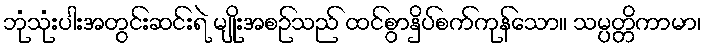
ဘုံသုံးပါးအတွင်းဆင်းရဲ မျိုးအစဉ်သည် ထင်စွာနှိပ်စက်ကုန်သော။ သမ္ပတ္တိကာမာ၊